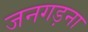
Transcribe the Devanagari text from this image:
जनगड़ना